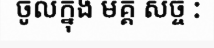
ចូលក្នុង មគ្គ សច្ច :